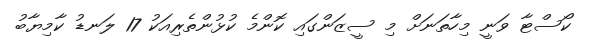
ކޯސްޓާ ވަނީ މިހާތަނަށް މި ސީޒަންގައި ކޮންމެ ކުޅުންތެރިއަކު 17 ލަނޑު ކާމިޔާބު